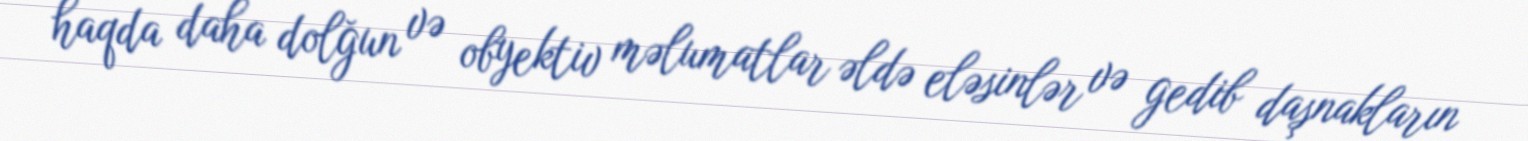
haqda daha dolğun və obyektiv məlumatlar əldə eləsinlər və gedib daşnakların